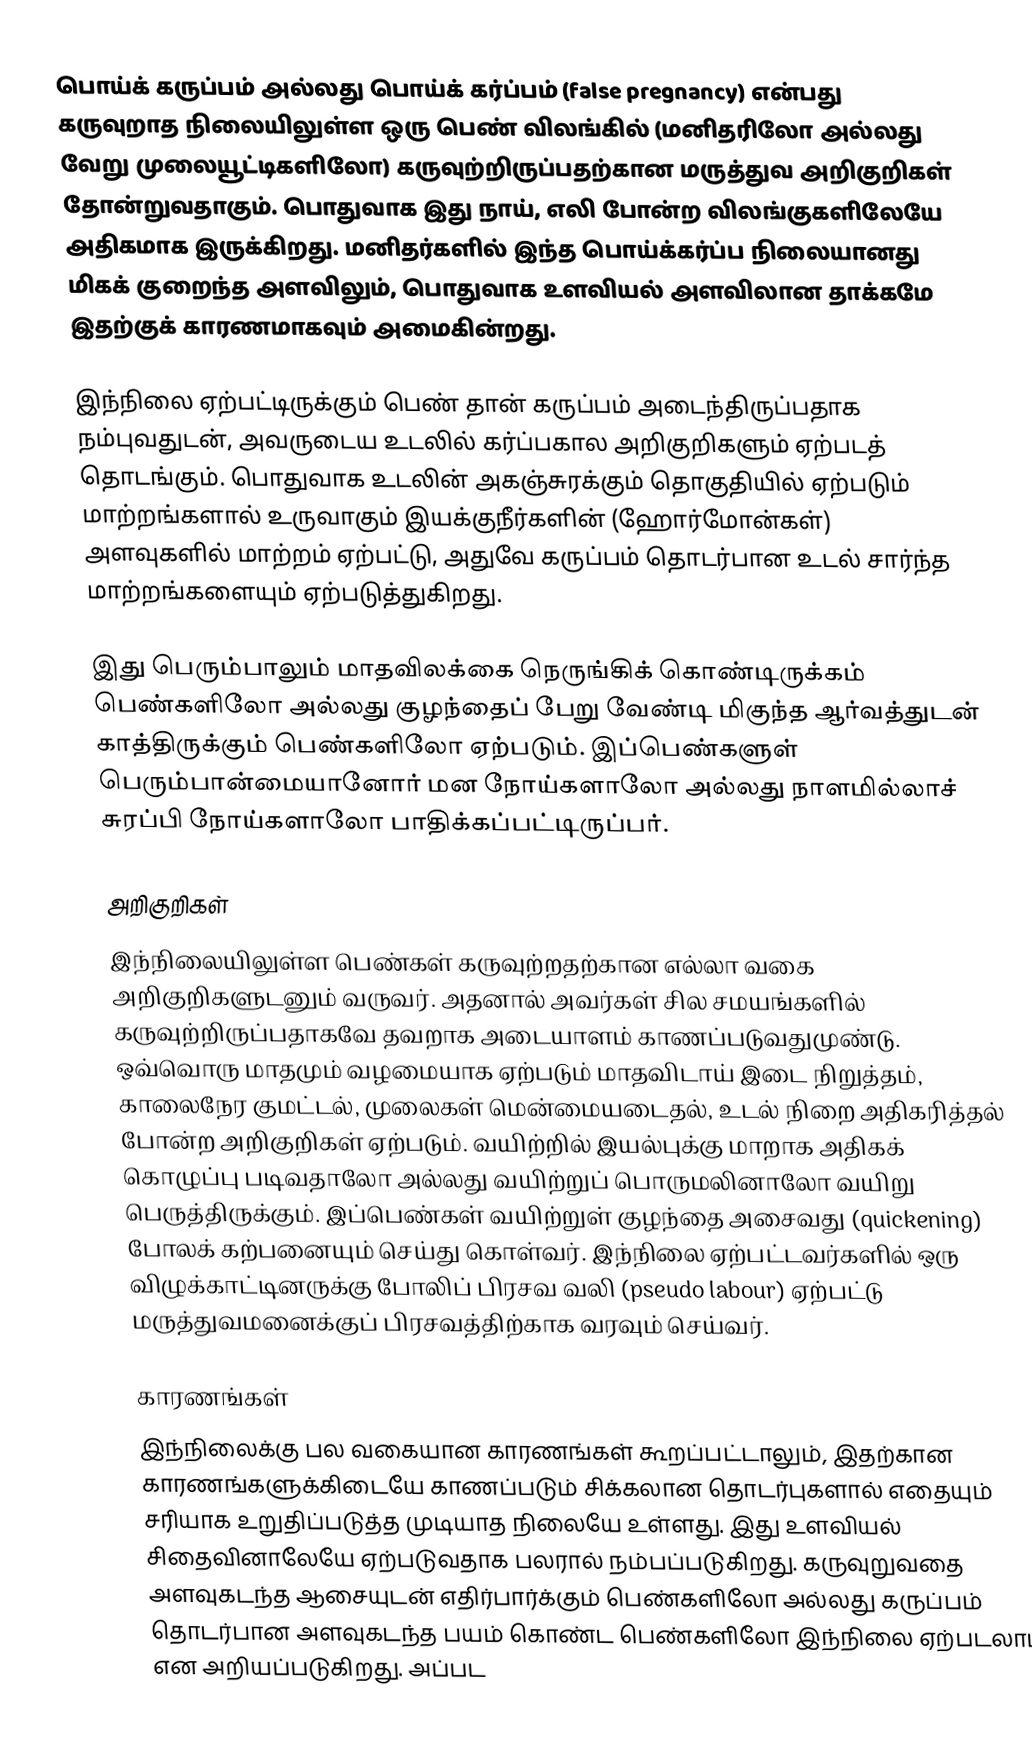
பொய்க் கருப்பம் அல்லது பொய்க் கர்ப்பம் (false pregnancy) என்பது கருவுறாத நிலையிலுள்ள ஒரு பெண் விலங்கில் (மனிதரிலோ அல்லது வேறு முலையூட்டிகளிலோ) கருவுற்றிருப்பதற்கான மருத்துவ அறிகுறிகள் தோன்றுவதாகும். பொதுவாக இது நாய், எலி போன்ற விலங்குகளிலேயே அதிகமாக இருக்கிறது. மனிதர்களில் இந்த பொய்க்கர்ப்ப நிலையானது மிகக் குறைந்த அளவிலும், பொதுவாக உளவியல் அளவிலான தாக்கமே இதற்குக் காரணமாகவும் அமைகின்றது.

இந்நிலை ஏற்பட்டிருக்கும் பெண் தான் கருப்பம் அடைந்திருப்பதாக நம்புவதுடன், அவருடைய உடலில் கர்ப்பகால அறிகுறிகளும் ஏற்படத் தொடங்கும். பொதுவாக உடலின் அகஞ்சுரக்கும் தொகுதியில் ஏற்படும் மாற்றங்களால் உருவாகும் இயக்குநீர்களின் (ஹோர்மோன்கள்) அளவுகளில் மாற்றம் ஏற்பட்டு, அதுவே கருப்பம் தொடர்பான உடல் சார்ந்த மாற்றங்களையும் ஏற்படுத்துகிறது.

இது பெரும்பாலும் மாதவிலக்கை நெருங்கிக் கொண்டிருக்கம் பெண்களிலோ அல்லது குழந்தைப் பேறு வேண்டி மிகுந்த ஆர்வத்துடன் காத்திருக்கும் பெண்களிலோ ஏற்படும். இப்பெண்களுள் பெரும்பான்மையானோர் மன நோய்களாலோ அல்லது நாளமில்லாச் சுரப்பி நோய்களாலோ பாதிக்கப்பட்டிருப்பர்.

அறிகுறிகள்
இந்நிலையிலுள்ள பெண்கள் கருவுற்றதற்கான எல்லா வகை அறிகுறிகளுடனும் வருவர். அதனால் அவர்கள் சில சமயங்களில் கருவுற்றிருப்பதாகவே தவறாக அடையாளம் காணப்படுவதுமுண்டு. ஒவ்வொரு மாதமும் வழமையாக ஏற்படும் மாதவிடாய் இடை நிறுத்தம், காலைநேர குமட்டல், முலைகள் மென்மையடைதல், உடல் நிறை அதிகரித்தல் போன்ற அறிகுறிகள் ஏற்படும். வயிற்றில் இயல்புக்கு மாறாக அதிகக் கொழுப்பு படிவதாலோ அல்லது வயிற்றுப் பொருமலினாலோ வயிறு பெருத்திருக்கும். இப்பெண்கள் வயிற்றுள் குழந்தை அசைவது  (quickening) போலக் கற்பனையும் செய்து கொள்வர். இந்நிலை ஏற்பட்டவர்களில் ஒரு விழுக்காட்டினருக்கு போலிப் பிரசவ வலி (pseudo labour) ஏற்பட்டு மருத்துவமனைக்குப் பிரசவத்திற்காக வரவும் செய்வர்.

காரணங்கள்
இந்நிலைக்கு பல வகையான காரணங்கள் கூறப்பட்டாலும், இதற்கான காரணங்களுக்கிடையே காணப்படும் சிக்கலான தொடர்புகளால் எதையும் சரியாக உறுதிப்படுத்த முடியாத நிலையே உள்ளது. இது உளவியல் சிதைவினாலேயே ஏற்படுவதாக பலரால் நம்பப்படுகிறது. கருவுறுவதை அளவுகடந்த ஆசையுடன் எதிர்பார்க்கும் பெண்களிலோ அல்லது கருப்பம் தொடர்பான அளவுகடந்த பயம் கொண்ட பெண்களிலோ இந்நிலை ஏற்படலாம் என அறியப்படுகிறது. அப்பட